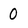
Character: 0